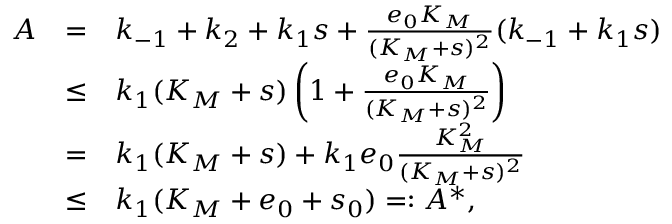
\begin{array} { r c l } { A } & { = } & { k _ { - 1 } + k _ { 2 } + k _ { 1 } s + \frac { e _ { 0 } K _ { M } } { ( K _ { M } + s ) ^ { 2 } } ( k _ { - 1 } + k _ { 1 } s ) } \\ & { \leq } & { k _ { 1 } ( K _ { M } + s ) \left( 1 + \frac { e _ { 0 } K _ { M } } { ( K _ { M } + s ) ^ { 2 } } \right) } \\ & { = } & { k _ { 1 } ( K _ { M } + s ) + k _ { 1 } e _ { 0 } \frac { K _ { M } ^ { 2 } } { ( K _ { M } + s ) ^ { 2 } } } \\ & { \leq } & { k _ { 1 } ( K _ { M } + e _ { 0 } + s _ { 0 } ) = : A ^ { * } , } \end{array}